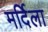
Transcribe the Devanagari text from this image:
मर्दिला